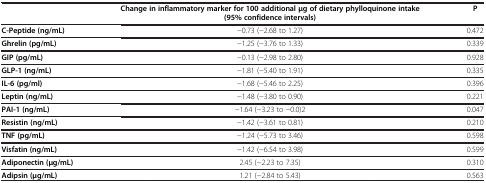
|  | Change in inflammatory marker for 100 additional μg of dietary phylloquinone intake (95%confidence intervals) | P |
 | --- | --- | --- |
 | C-Peptide (ng/mL) | −0.73 (−2.68 to 1.27) | 0.472 |
 | Ghrelin (pg/mL) | −1.25 (−3.76 to 1.33) | 0.339 |
 | GIP (pg/mL) | −0.13 (−2.98 to 2.80) | 0.928 |
 | GLP-1 (ng/mL) | −1.81 (−5.40 to 1.91) | 0.335 |
 | IL-6 (pg/ml) | −1.68 (−5.46 to 2.25) | 0.396 |
 | Leptin (ng/mL) | −1.48 (−3.80 to 0.90) | 0.221 |
 | PAI-1 (ng/mL) | −1.64 (−3.23 to −0.0)2 | 0.047 |
 | Resistin (ng/mL) | −1.42 (−3.61 to 0.81) | 0.210 |
 | TNF (pg/mL) | −1.24 (−5.73 to 3.46) | 0.598 |
 | Visfatin (ng/mL) | −1.42 (−6.54 to 3.98) | 0.599 |
 | Adiponectin (μg/mL) | 2.45 (−2.23 to 7.35) | 0.310 |
 | Adipsin (μg/mL) | 1.21 (−2.84 to 5.43) | 0.563 |